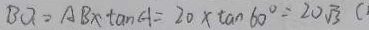
B Q = A B \times \tan A = 2 0 \times \tan 6 0 ^ { \circ } = 2 0 \sqrt { 3 } (